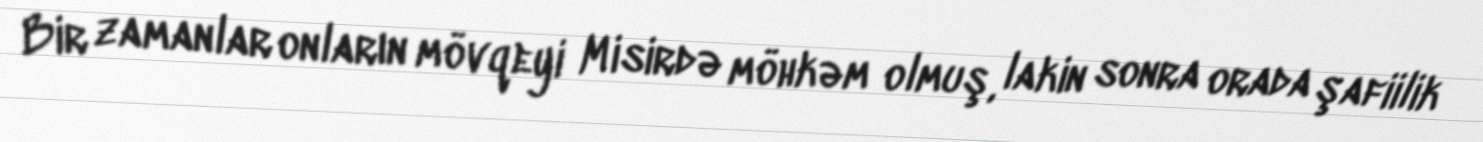
Bir zamanlar onların mövqeyi Misirdə möhkəm olmuş, lakin sonra orada şafiilik